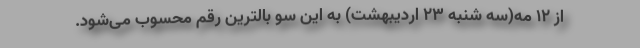
از ۱۲ مه(سه شنبه ۲۳ اردیبهشت) به این سو بالترین رقم محسوب می‌شود.